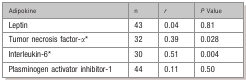
<table><thead><tr><td><b>Adipokine</b></td><td><b>n</b></td><td><b><i>r</i></b></td><td><b><i>P</i> Value</b></td></tr></thead><tbody><tr><td>Leptin</td><td>43</td><td>0.04</td><td>0.81</td></tr><tr><td>Tumor necrosis factor‐α*</td><td>32</td><td>0.39</td><td>0.028</td></tr><tr><td>Interleukin‐6*</td><td>30</td><td>0.51</td><td>0.004</td></tr><tr><td>Plasminogen activator inhibitor‐1</td><td>44</td><td>0.11</td><td>0.50</td></tr></tbody></table>